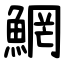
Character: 䱩